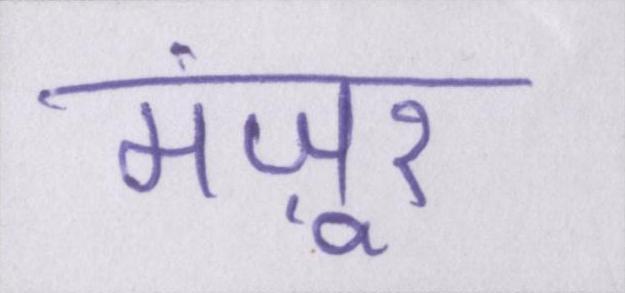
मंज़ूर